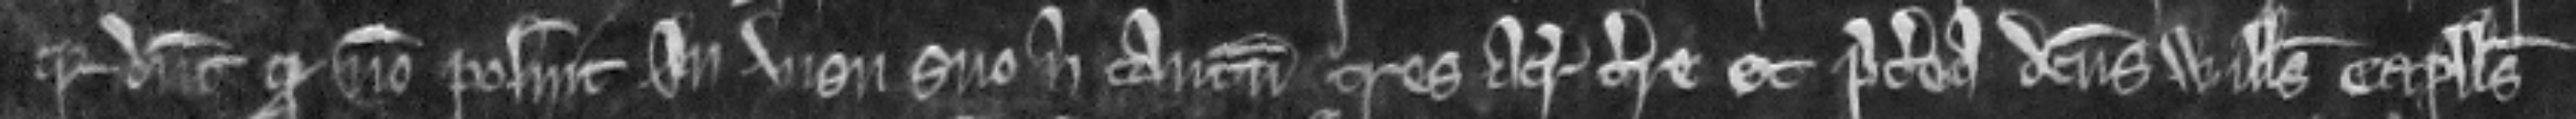
quia dicunt quod non posuit in visu suo nisi tantum tres acras terre. Et preterea dictus Willelmus Capellanus